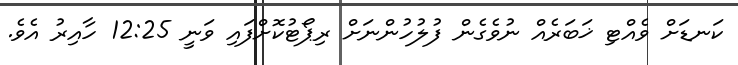
ކަނޑަށް ވެއްޓި ޚަބަރެއް ނުވެގެން ފުލުހުންނަށް ރިޕޯޓުކޮށްފައި ވަނީ 12:25 ހާއިރު އެވެ.